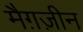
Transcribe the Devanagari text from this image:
मैग़ज़ीन